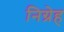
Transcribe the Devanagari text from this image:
निग्रेह